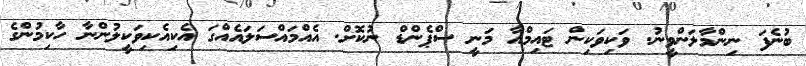
ބުނެފަ ނިންމާލަންވީނު. ވަކިވަކިން ޓައިމްއާ މަނީ ސްޕެންޑް ނުކޮށް. އެއްމައްސަލައެއްގަ އެކިއެކިވަކީލުންނާ ހާކިމުންގެ